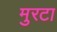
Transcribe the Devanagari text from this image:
मुरटा